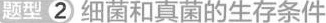
题型2细菌和真菌的生存条件